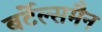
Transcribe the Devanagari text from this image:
बर्टेल्समैन